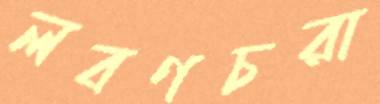
লবণচরা